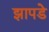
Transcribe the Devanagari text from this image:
झापडे